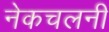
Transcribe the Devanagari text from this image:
नेकचलनी